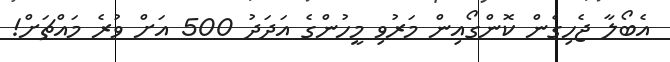
އެބޯލާ ޖެހިގެން ކޮންގޯއިން މަރުވި މީހުންގެ އަދަދު 500 އަށް ވުރެ މައްޗަށް!